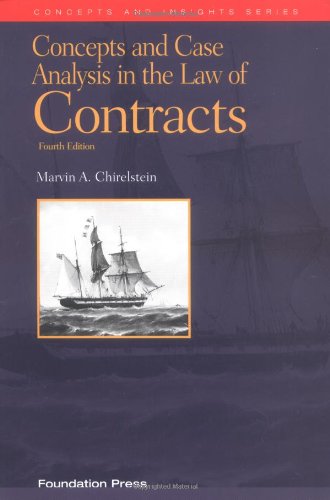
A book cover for Concepts and Case Analysis in the Law of Contracts (University Textbook Series); Marvin A. Chirelstein; Law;